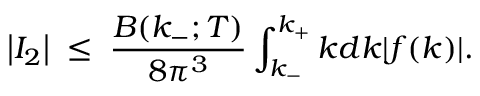
\left| I _ { 2 } \right| \; \le \; { \frac { B ( k _ { - } ; T ) } { 8 \pi ^ { 3 } } } \int _ { k _ { - } } ^ { k _ { + } } k d k | f ( k ) | .